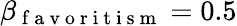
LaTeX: \beta_{\mathrm{~f~a~v~o~r~i~t~i~s~m~}}=0.5